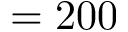
= 2 0 0